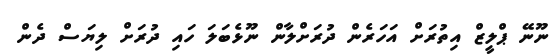
ނޫނޭ ޕްލީޒް އިތުރަށް އަހަރެން ދުރަށްލާން ނޫޅެބަލަ ހައި ދުރަށް ލިޔަސް ދެން